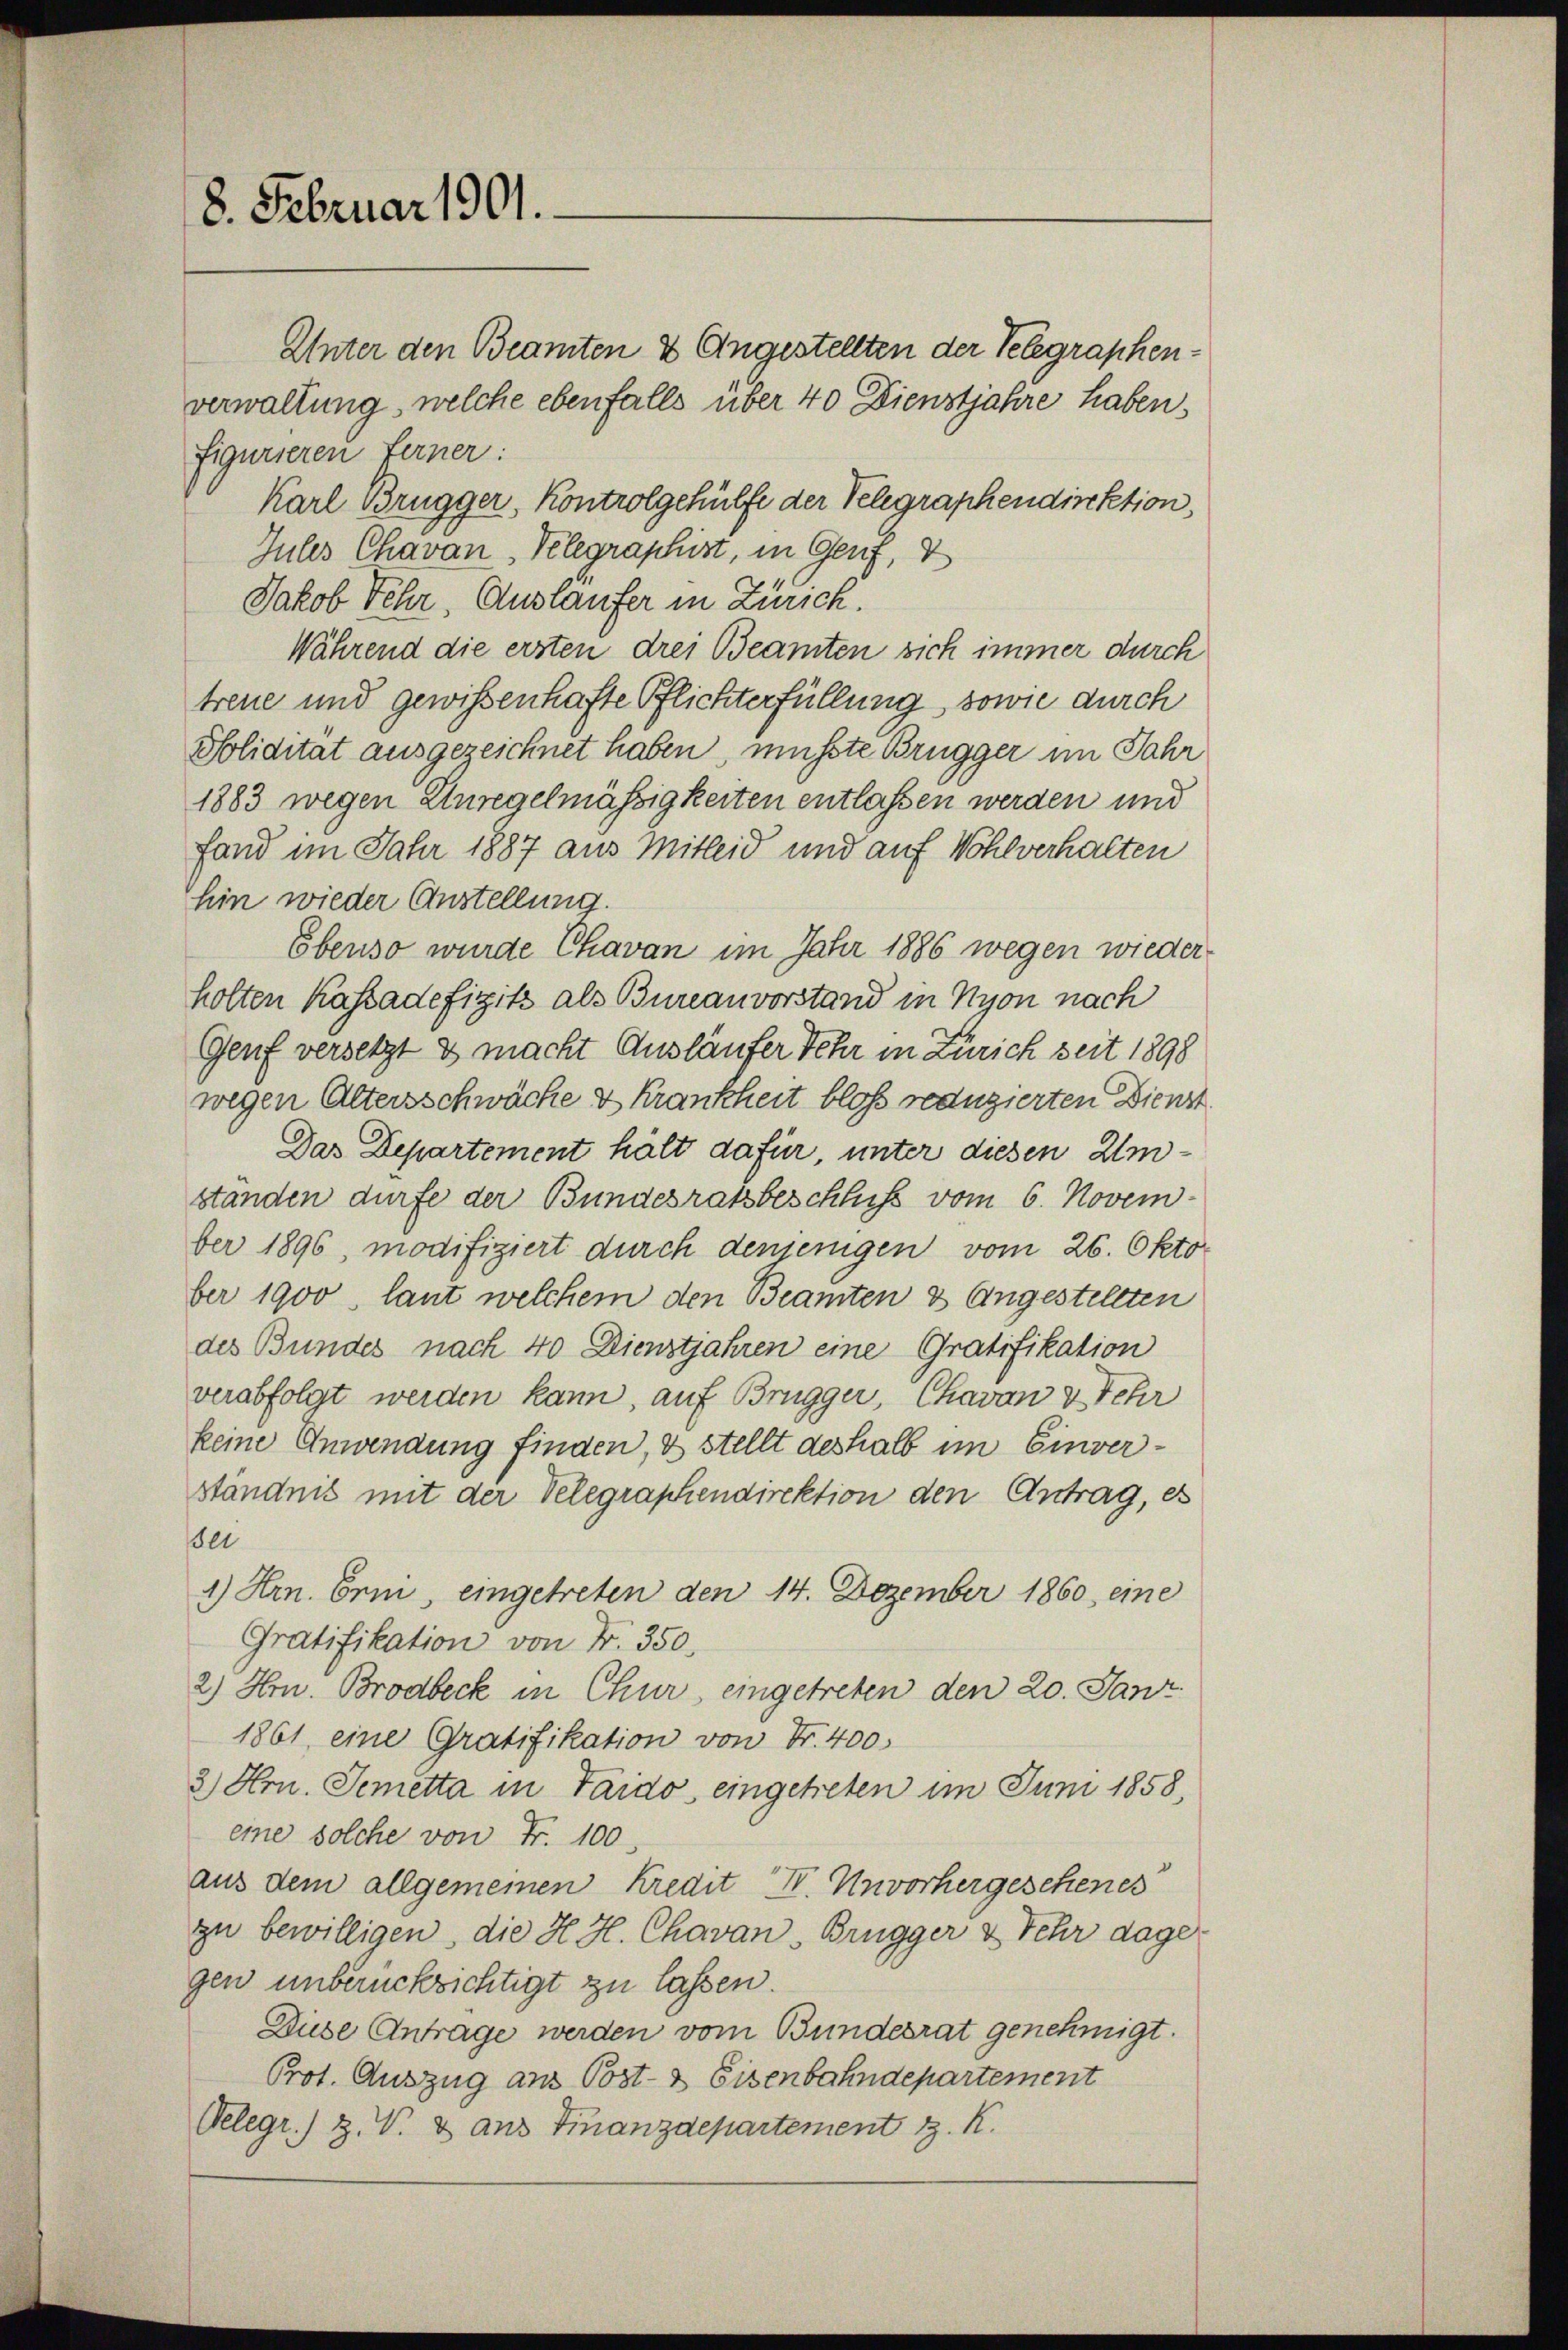
8. Februar 1901.

Unter den Beamten & Angestellten der Telegraphenverwaltung, welche ebenfalls über 40 Dienstjahre haben,
figurieren Ferner:
Karl Brugger, Kontrolgehülfe der Telegraphendirektion,
Gules Chavan, Telegraphist, in Genf,
Jakob Fehr, Auslaufer in Zürich.
Während die ersten drei Beamten sich immer durch
treue und gewißenhafte Pflichterfüllung, sowie durch
Solidität ausgezeichnet haben, müßte Brugger im Jahr
1883 wegen Unregelmässigkeiten entlassen werden und
fand im Jahr 1887 aus Mitleid und auf Wohlverhalten
hin wieder Anstellung.
Ebenso wurde Chavan im Jahr 1886 wegen wiederholten Kassadefizit als Bureauvorstand in Nyon nach
Genf versetzt & macht Ausläufer Fehr in Zürich seit 1898
wegen Altersschwäche & Krankheit bloß reduzierten Dienst
Das Departement hält dafür, unter diesen Umstanden dürfe der Bundesratsbeschluss vom 6. Novem-
ber 1896, modifiziert durch denjenigen vom 26. Oktober 1900, laut welchem den Beamten & Angestellten
des Bundes nach 40 Dienstjahren eine Gratifikation
verabfolgt werden kann, auf Brugger, Chavon v. Fehr
keine Anwendung finden, & stellt deshalb im Einverständnis mit der Telegraphendirektion den Antrag, es
er
1) Hrn. Erni, eingetreten den 14. Dezember 1860 eine
Gratifikation von Fr. 350.
2) Hr. Brodbeck in Chur, eingetreten den 20. Janz
1861 eine Gratifikation von Fr. 400.
3) Hrn. Semetta in Taido eingetreten im Juni 1858,
eine solche von Fr. 100
aus dem allgemeinen Kredit II. Unvorhergesehenes
zu bewilligen, die H. H. Chavan-Brügger & Fehr dagegen unberücksichtigt zu lassen.
Düse Antrage werden vom Bundesrat genehmigt.
Prot. Auszug aus Post- & Eisenbahndepartement
Delegr.) Z. V. 8 ans Finanzdepartement z. K.